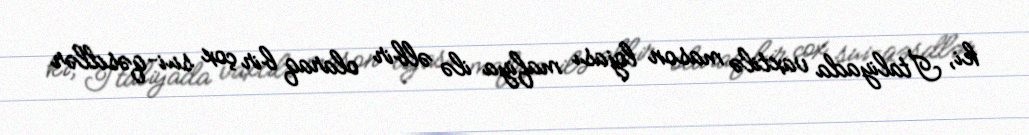
ki, İtaliyada vaxtilə mason lojası mafiya ilə əlbir olaraq bir çox sui-qəsdlər